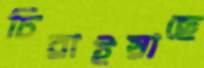
চিরাইয়াছে